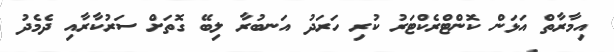
އިމާރާތް އަޅަން ކޮންޓްރެކްޓަރު ކުރި ހަރަދު އަނބުރާ ލިބޭ ގޮތަށް ސަރުކާރާއި ދެމެދު